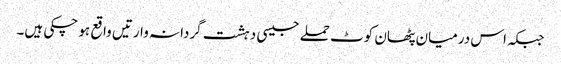
جبکہ اس درمیان پٹھان کوٹ حملے جیسی دہشت گردانہ وارتیں واقع ہو چکی ہیں۔